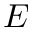
E